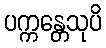
ပက္ကန္တေသုပိ